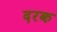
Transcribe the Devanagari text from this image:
दरक